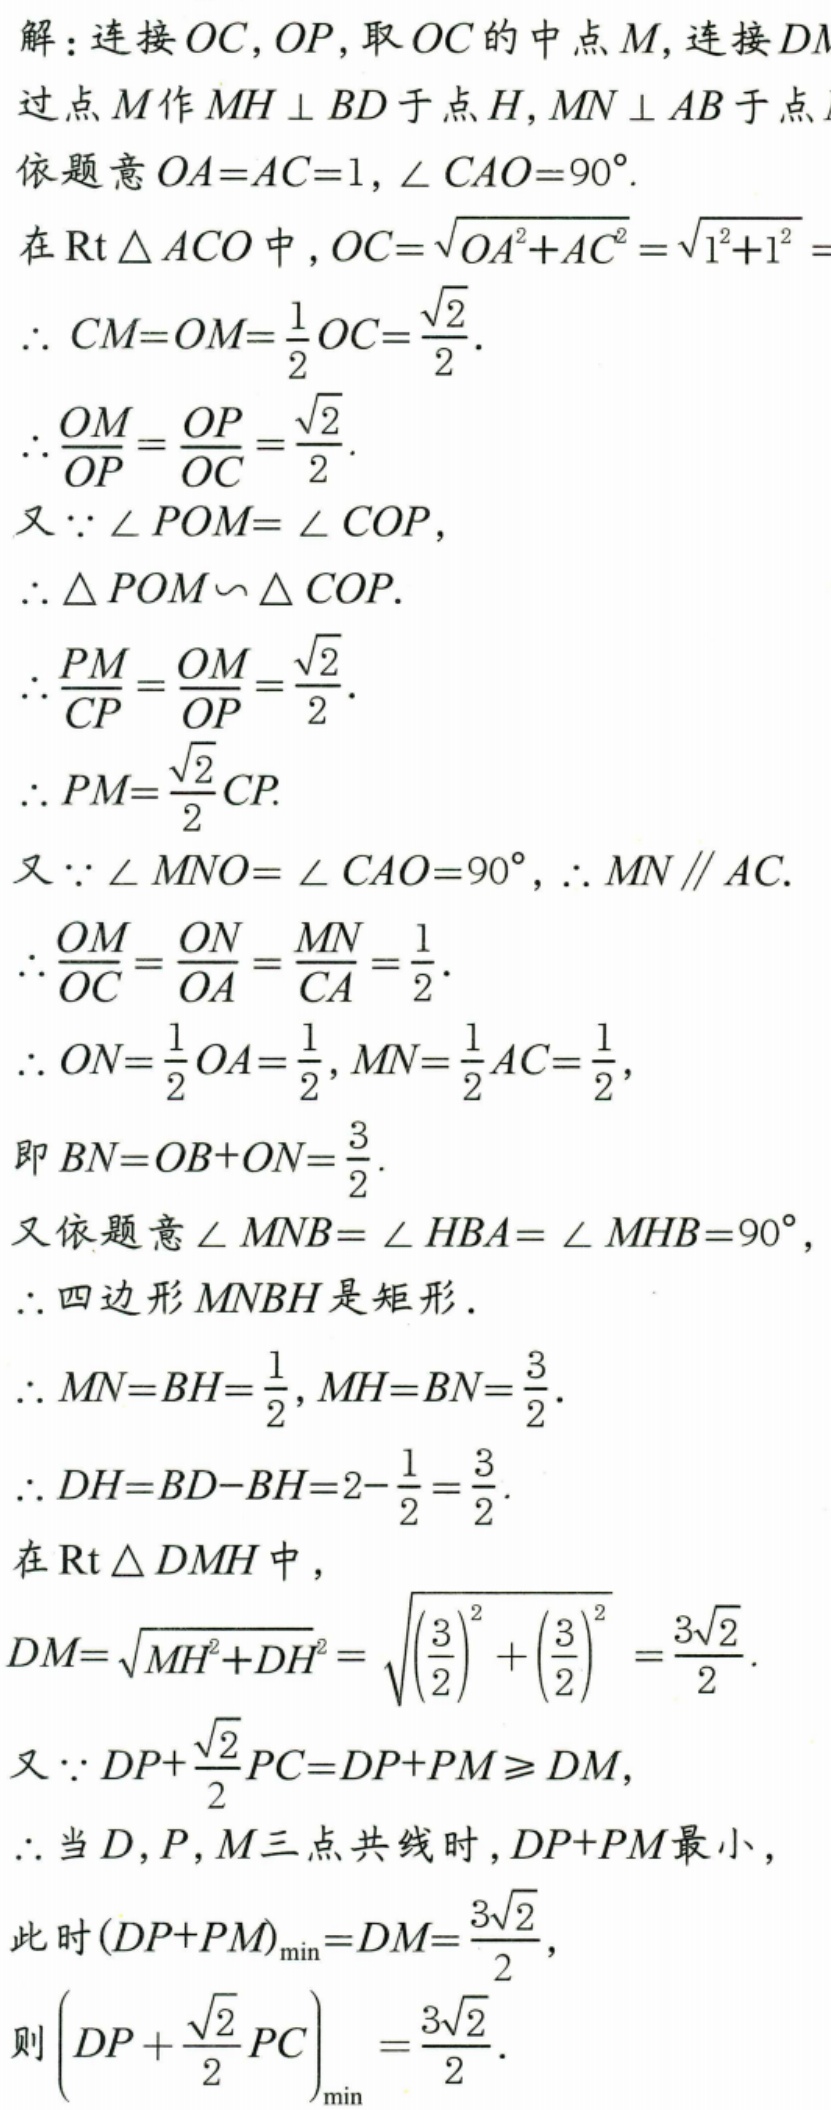
解：连接\(OC\)，\(OP\)，取\(OC\)的中点\(M\)，连接\(DM\)
过点\(M\)作\(MH\perp BD\)于点\(H\)，\(MN\perp AB\)于点\(N\)
依题意\(OA = AC = 1\)，\(\angle CAO = 90^{\circ}\).
在\(\text{Rt}\triangle ACO\)中，\(OC=\sqrt{OA^{2}+AC^{2}}=\sqrt{1^{2}+1^{2}}\)
\(\therefore CM = OM=\frac{1}{2}OC=\frac{\sqrt{2}}{2}\).
\(\therefore\frac{OM}{OP}=\frac{OP}{OC}=\frac{\sqrt{2}}{2}\).
又\(\because\angle POM=\angle COP\)，
\(\therefore\triangle POM\backsim\triangle COP\).
\(\therefore\frac{PM}{CP}=\frac{OM}{OP}=\frac{\sqrt{2}}{2}\).
\(\therefore PM=\frac{\sqrt{2}}{2}CP\).
又\(\because\angle MNO=\angle CAO = 90^{\circ}\)，\(\therefore MN\parallel AC\).
\(\therefore\frac{OM}{OC}=\frac{ON}{OA}=\frac{MN}{CA}=\frac{1}{2}\).
\(\therefore ON=\frac{1}{2}OA=\frac{1}{2}\)，\(MN=\frac{1}{2}AC=\frac{1}{2}\)，
即\(BN = OB + ON=\frac{3}{2}\).
又依题意\(\angle MNB=\angle HBA=\angle MHB = 90^{\circ}\)，
\(\therefore\)四边形\(MNBH\)是矩形.
\(\therefore MN = BH=\frac{1}{2}\)，\(MH = BN=\frac{3}{2}\).
\(\therefore DH = BD - BH=2 - \frac{1}{2}=\frac{3}{2}\).
在\(\text{Rt}\triangle DMH\)中，
\(DM=\sqrt{MH^{2}+DH^{2}}=\sqrt{\left(\frac{3}{2}\right)^{2}+\left(\frac{3}{2}\right)^{2}}=\frac{3\sqrt{2}}{2}\).
又\(\because DP+\frac{\sqrt{2}}{2}PC=DP + PM\geqslant DM\)，
\(\therefore\)当\(D\)，\(P\)，\(M\)三点共线时，\(DP + PM\)最小，
此时\((DP + PM)_{\min}=DM=\frac{3\sqrt{2}}{2}\)，
则\(\left(DP+\frac{\sqrt{2}}{2}PC\right)_{\min}=\frac{3\sqrt{2}}{2}\).